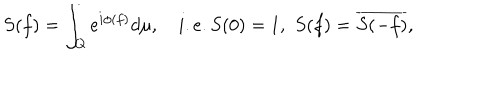
LaTeX: S ( f ) = \int _ { Q } e ^ { i \phi ( f ) } d \mu , \quad i . e . S ( 0 ) = 1 , \, \, S ( f ) = \overline { { { S ( - f ) } } } , \nonumber